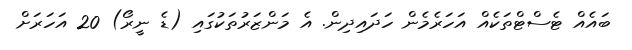
ބައެއް ޓެސްޓްތަކެއް އަހަރެމެން ހަދައިދިން. އެ މަންޒަރުތަކުގައި (ޑެ ނީރޯ) 20 އަހަރަށް